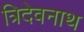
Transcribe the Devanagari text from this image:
त्रिदेवनाथ